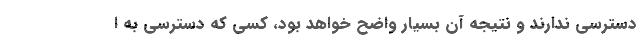
دسترسی ندارند و نتیجه آن بسیار واضح خواهد بود، کسی که دسترسی به ا